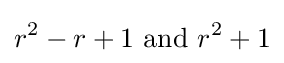
r^{2}-r+1{\text{ and }}r^{2}+1